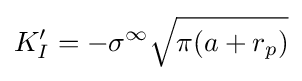
K'_{I}=-\sigma ^{\infty }{\sqrt {\pi (a+r_{p})}}